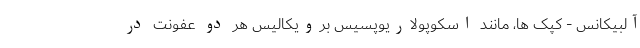
آلبیکانس - کپک ها، مانند اسکوپولاریوپسیس برویکالیس هر دو عفونت در